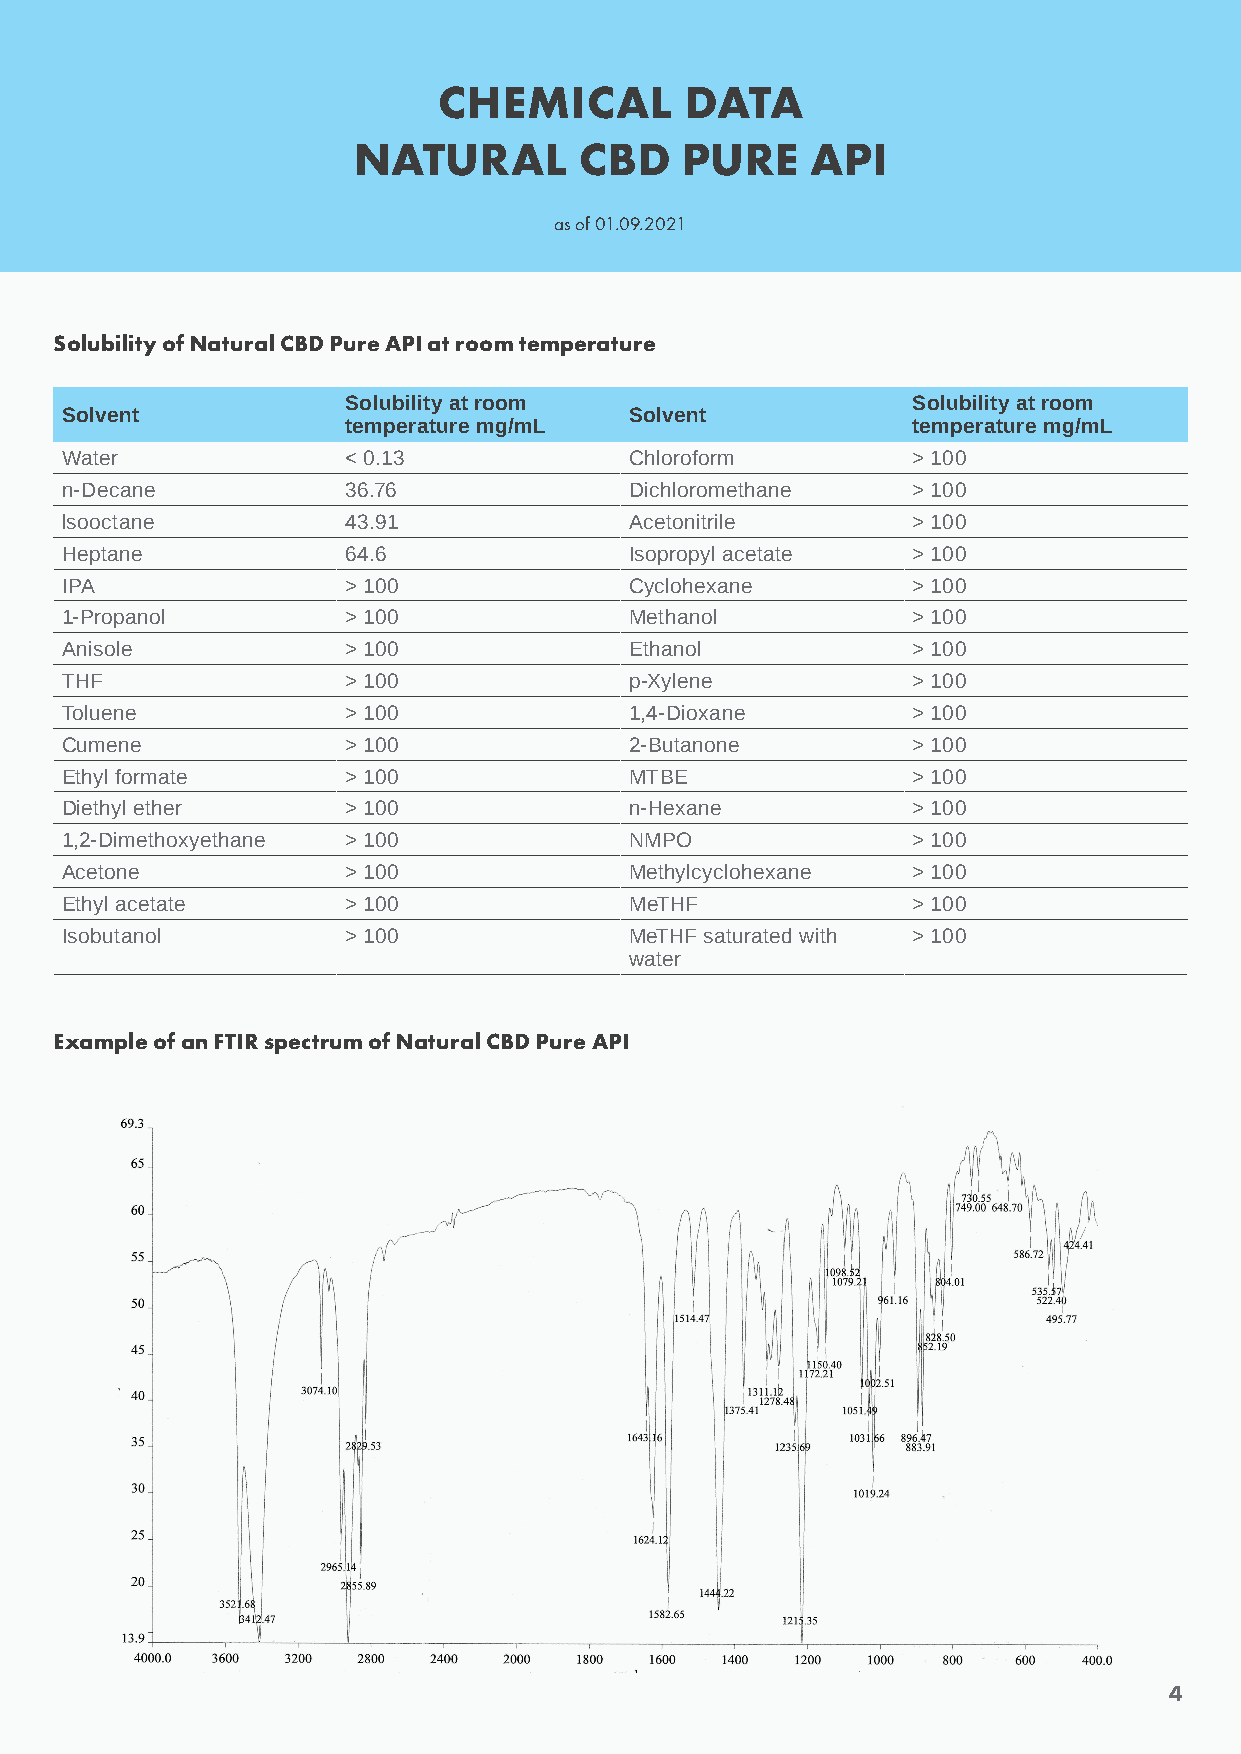
CHEMICAL        DATA
 NATURAL        CBD    PURE     API
 as of 01.09.2021
 Solubility of Natural CBD Pure API at room temperature
 Solubility at room                   Solubility at room
 Solvent                               Solvent
 temperature mg/mL                    temperature mg/mL
 Water              < 0.13             Chloroform        > 100
 n-Decane           36.76              Dichloromethane   > 100
 lsooctane          43.91              Acetonitrile      > 100
 Heptane            64.6               Isopropyl acetate > 100
 IPA                > 100              Cyclohexane       > 100
 1-Propanol         > 100              Methanol          > 100
 Anisole            > 100              Ethanol           > 100
 THF                > 100              p-Xylene          > 100
 Toluene            > 100              1,4-Dioxane       > 100
 Cumene             > 100              2-Butanone        > 100
 Ethyl formate      > 100              MTBE              > 100
 Diethyl ether      > 100              n-Hexane          > 100
 1,2-Dimethoxyethane > 100             NMPO              > 100
 Acetone            > 100              Methylcyclohexane > 100
 Ethyl acetate      > 100              MeTHF             > 100
 Isobutanol         > 100              MeTHF saturated with > 100
 water
 Example of an FTIR spectrum of Natural CBD Pure API
 4